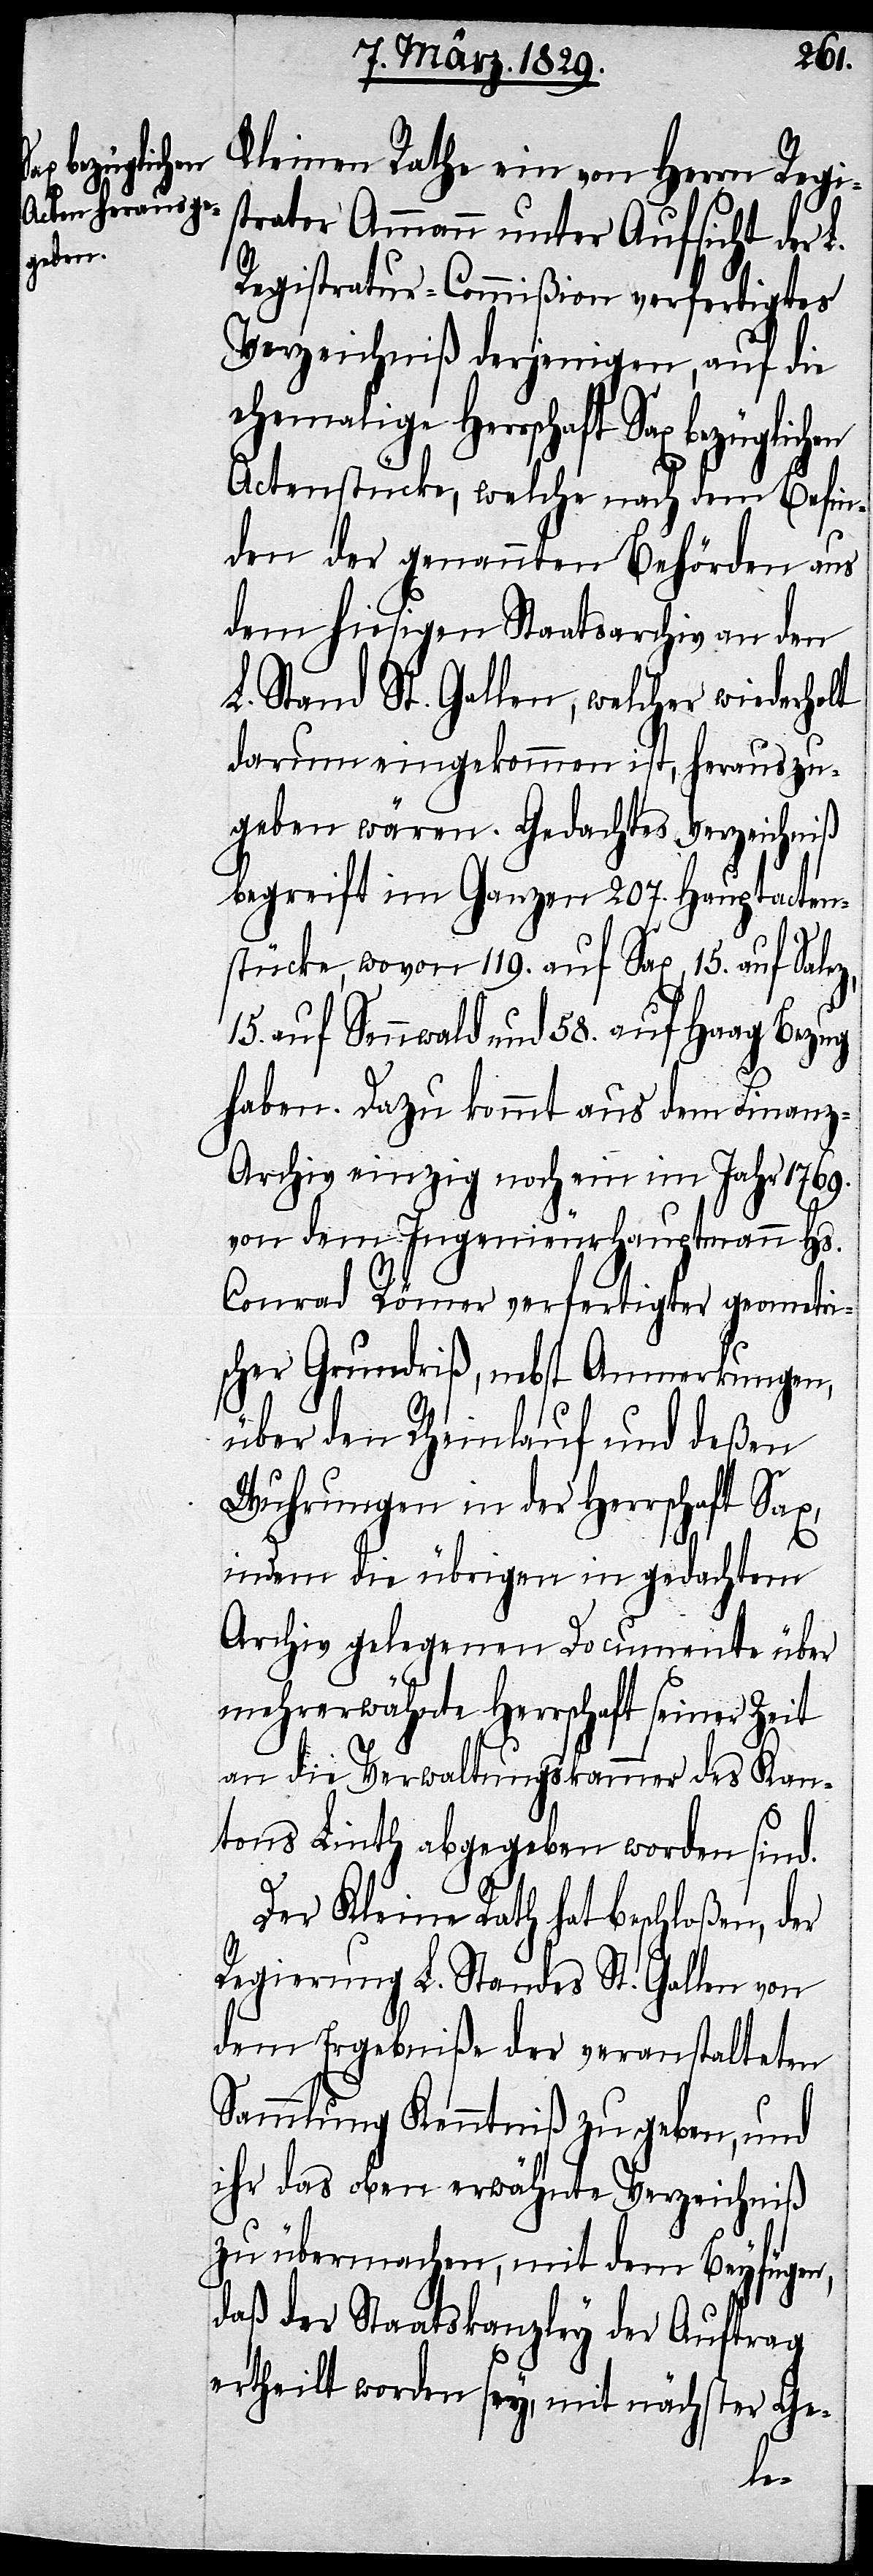
Kleinen Rathe ein von Herrn Regi¬
strator Ammann unter Aufsicht der L.
Registratur-Commißion verfertigtes
Verzeichniß derjenigen, auf die
ehemalige Herrschaft Sax bezüglichen
Actenstücke, welche nach dem Befin¬
den der genannten Behörden aus
dem hiesigen Staatsarchiv an den
L. Stand St. Gallen, welcher wiederholt
darum eingekommen ist, herauszu¬
geben wären. Gedachtes Verzeichniß
begreift im Ganzen 297. Hauptacten¬
z,
stücke, wovon 119. auf Sax, 15. auf Sale¬
15. auf Sennwald und 58. auf Haag Bezug
haben. Dazu kommt aus dem Finanz-A¬
rchiv einzig noch ein Jahr 1769.
von dem Ingenieurhauptmann Hs.
Conrad Römer verfertigter geometri¬
scher Grundriß, nebst Anmerkungen,
über den Rheinlauf und deßen
Wuhrungen in der Herrschaft Sax,
indem die übrigen in gedachtem
Archiv gelegenen Documente über
mehrerwähnte Herrschaft seiner Zeit
an die Verwaltungskammer des Kan¬
tons Linth abgegeben worden sind.
Der Kleine Rath hat beschloßen, der
Regierung L. Standes St. Gallen von
dem Ergebniße der veranstalteten
Sammlung Kenntniß zu geben, und
ihr das oben erwähnte Verzeichniß
zu übermachen, mit dem Beyfügen,
daß der Staatskanzley der Auftrag
ertheilt worden sey, mit nächster Ge-